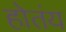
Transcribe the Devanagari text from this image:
होतंय